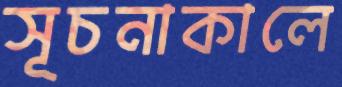
সূচনাকালে